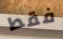
فقط